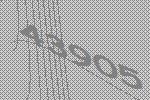
43905